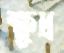
ক্ষুদ্র